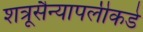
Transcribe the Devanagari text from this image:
शत्रूसैन्यापलीकडे